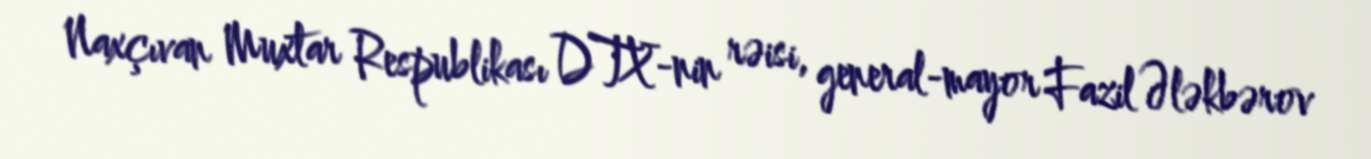
Naxçıvan Muxtar Respublikası DTX-nin rəisi, general-mayor Fazil Ələkbərov